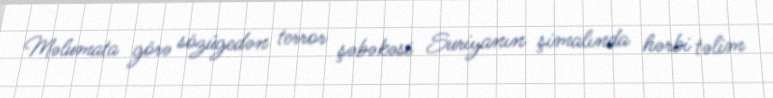
Məlumata görə sözügedən terror şəbəkəsi Suriyanın şimalında hərbi təlim